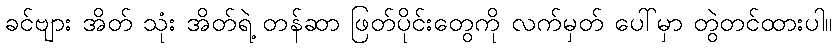
ခင်ဗျား အိတ် သုံး အိတ်ရဲ့ တန်ဆာ ဖြတ်ပိုင်းတွေကို လက်မှတ် ပေါ်မှာ တွဲတင်ထားပါ။